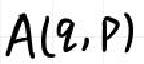
$A(\varrho,\rho)$